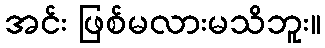
အင်း ဖြစ်မလားမသိဘူး။